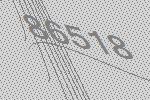
86518